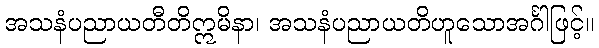
အသနံပညာယတီတိဣမိနာ၊ အသနံပညာယတိဟူသောအင်္ဂါဖြင့်။